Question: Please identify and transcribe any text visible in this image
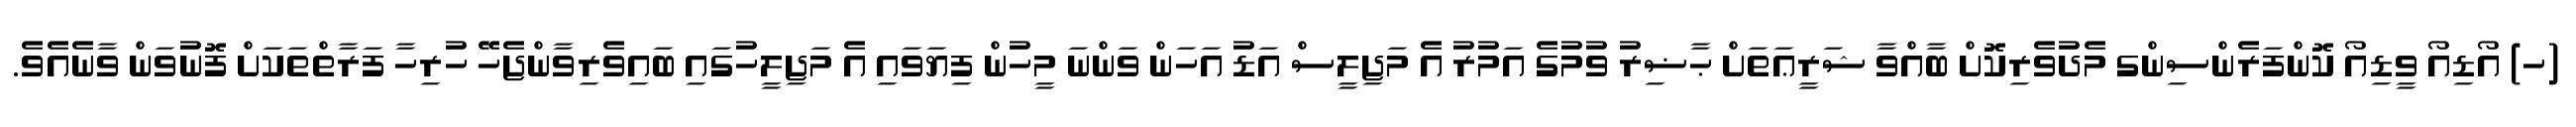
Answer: (ހ) އޯޑިއޯ ވީޑިއޯ ކޮންފަރެންސިންގ މެދުވެރިކޮށް ބާއްވާ ޝަރީޢަތަށް ޙާޟިރު ވުމުގެ އަމުރު އެ މަޖިލީސް އަޑު އަހަން ވަންނަ މީހުން ފިޔަވައި އެ މަޖިލީހުގައި ބައިވެރިވާންޖެހޭ ހުރިހާ ފަރާތްތަކަށް ފޮނުވަން ވާނެއެވެ.